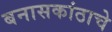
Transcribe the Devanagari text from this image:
बनासकांठाचे